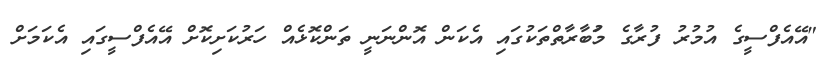
"އޭއެފްސީގެ އުމުރު ފުރާގެ މަުބާރާތްތަކުގައި އެކަން އޮންނަނީ ތަންކޮޅެއް ހަރުކަށިކޮށް އޭއެފްސީގައި އެކަމަށް